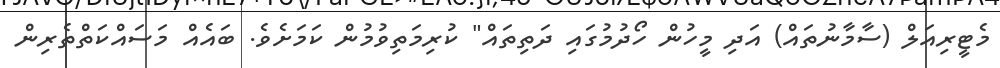
މެޓީރިއަލް (ސާމާނުތައް) އަދި މީހުން ހޯދުމުގައި ދަތިތައް" ކުރިމަތިވުމުން ކަމަށެވެ. ބައެއް މަސައްކަތްތެރިން